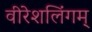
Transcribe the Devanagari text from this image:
वीरेशलिंगम्